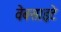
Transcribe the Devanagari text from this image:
वेबसाइटे